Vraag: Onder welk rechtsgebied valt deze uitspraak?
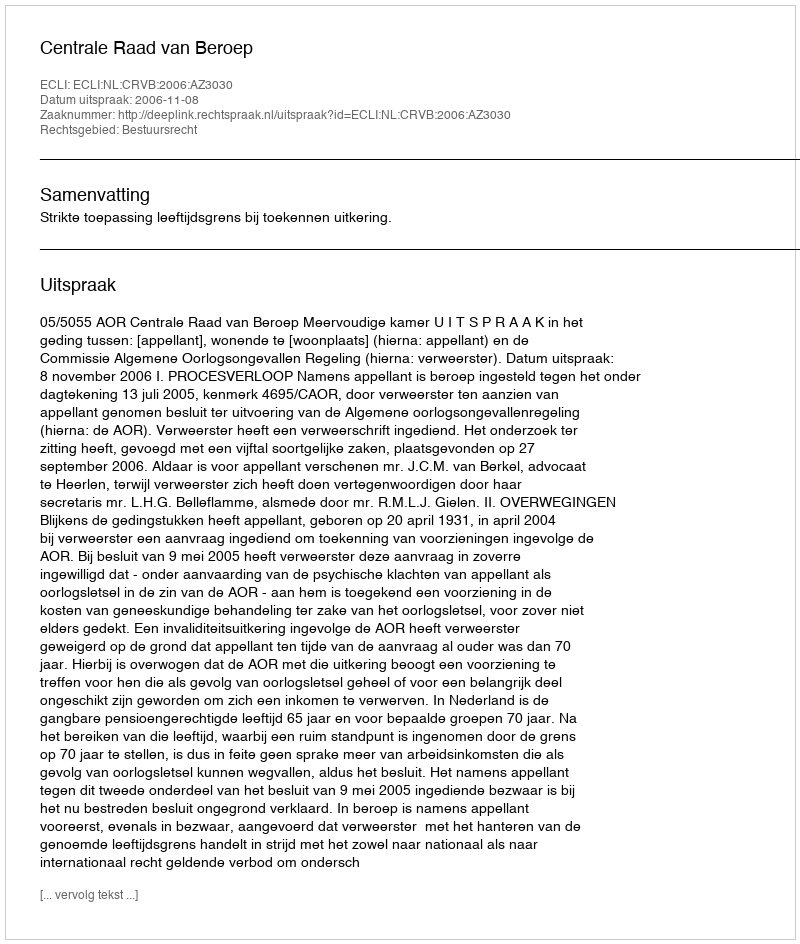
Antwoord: Bestuursrecht